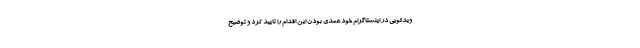
ویدئویی در اینستاگرام خود عمدی بودن این اقدام را تایید کرد و توضیح